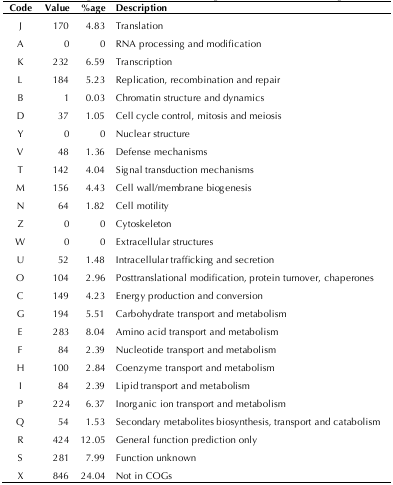
| Code | Value | %age | Description |
 | --- | --- | --- | --- |
 | J | 170 | 4.83 | Translation |
 | A | 0 | 0 | RNA processing and modification |
 | K | 232 | 6.59 | Transcription |
 | L | 184 | 5.23 | Replication, recombination and repair |
 | B | 1 | 0.03 | Chromatin structure and dynamics |
 | D | 37 | 1.05 | Cell cycle control, mitosis and meiosis |
 | Y | 0 | 0 | Nuclear structure |
 | V | 48 | 1.36 | Defense mechanisms |
 | T | 142 | 4.04 | Signal transduction mechanisms |
 | M | 156 | 4.43 | Cell wall/membrane biogenesis |
 | N | 64 | 1.82 | Cell motility |
 | Z | 0 | 0 | Cytoskeleton |
 | W | 0 | 0 | Extracellular structures |
 | U | 52 | 1.48 | Intracellular trafficking and secretion |
 | O | 104 | 2.96 | Posttranslational modification, protein turnover, chaperones |
 | C | 149 | 4.23 | Energy production and conversion |
 | G | 194 | 5.51 | Carbohydrate transport and metabolism |
 | E | 283 | 8.04 | Amino acid transport and metabolism |
 | F | 84 | 2.39 | Nucleotide transport and metabolism |
 | H | 100 | 2.84 | Coenzyme transport and metabolism |
 | I | 84 | 2.39 | Lipid transport and metabolism |
 | P | 224 | 6.37 | Inorganic ion transport and metabolism |
 | Q | 54 | 1.53 | Secondary metabolites biosynthesis, transport and catabolism |
 | R | 424 | 12.05 | General function prediction only |
 | S | 281 | 7.99 | Function unknown |
 | X | 846 | 24.04 | Not in COGs |